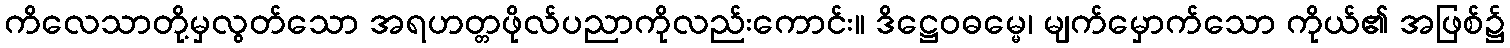
ကိလေသာတို့မှလွတ်သော အရဟတ္တဖိုလ်ပညာကိုလည်းကောင်း။ ဒိဋ္ဌေဝဓမ္မေ၊ မျက်မှောက်သော ကိုယ်၏ အဖြစ်၌